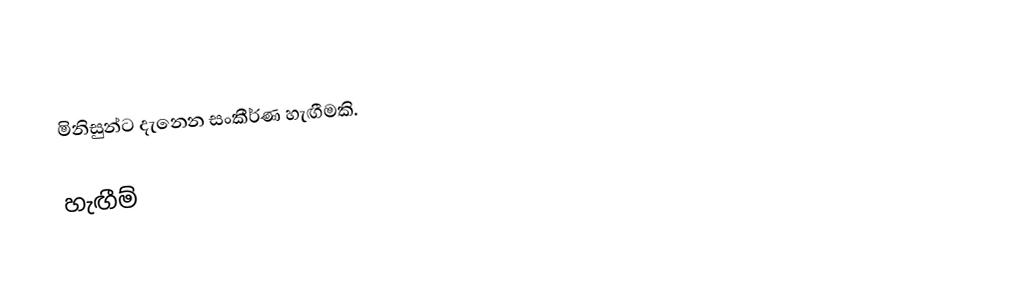
මිනිසුන්ට දැනෙන සංකීර්ණ හැඟීමකි.

හැඟීම්